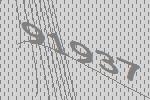
91937